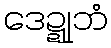
ဒေဍ္ဍုဘံ